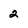
Character: 2